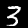
Label: 3